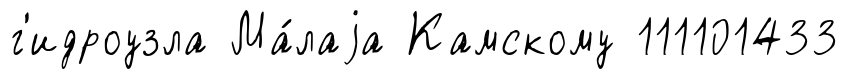
г'идроузла Ма́лаjа Камскому 111101433